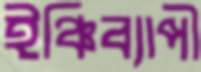
ইঞ্চিব্যাপী